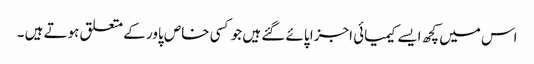
اس میں کچھ ایسے کیمیائی اجزا پائے گئے ہیں جو کسی خاص پاور کے متعلق ہوتے ہیں ۔